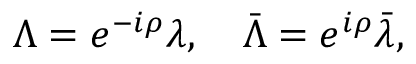
\Lambda = e ^ { - i \rho } \lambda , \quad \bar { \Lambda } = e ^ { i \rho } \bar { \lambda } , \quad